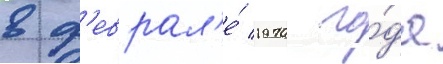
в ф'еврал'е́ 1970 го́да